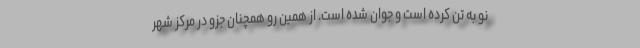
نو به تن کرده است و جوان شده است. از همین رو همچنان جزو در مرکز شهر